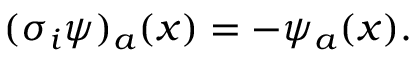
( \sigma _ { i } \psi ) _ { a } ( x ) = - \psi _ { a } ( x ) .